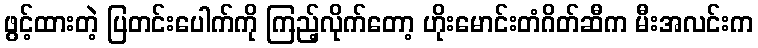
ဖွင့်ထားတဲ့ ပြတင်းပေါက်ကို ကြည့်လိုက်တော့ ဟိုးမောင်းတံဂိတ်ဆီက မီးအလင်းက